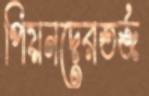
পিয়নদেরতর্জ